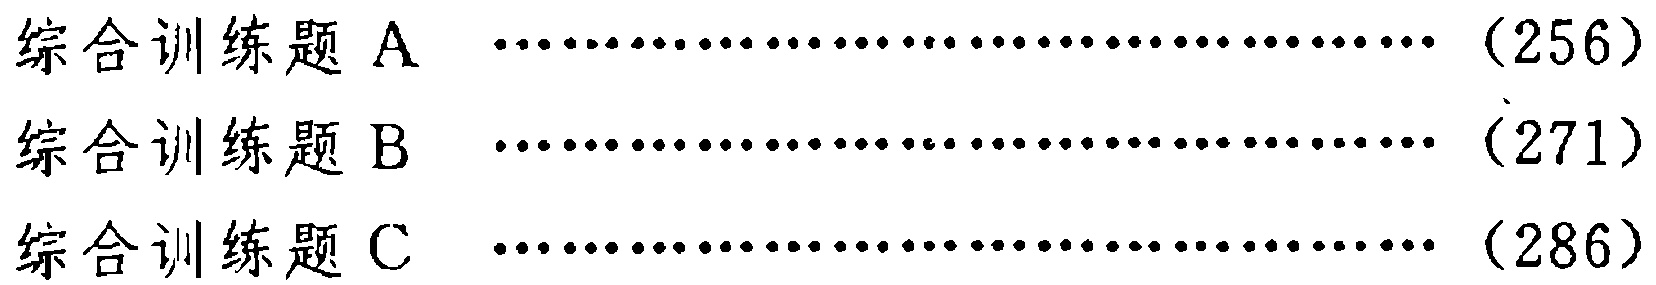
综合训练题 A \dotfill (256)\\

综合训练题 B \dotfill (271)\\

综合训练题 C \dotfill (286)